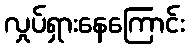
လှုပ်ရှားနေကြောင်း